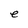
Character: e